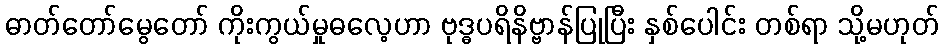
ဓာတ်တော်မွေတော် ကိုးကွယ်မှုဓလေ့ဟာ ဗုဒ္ဓပရိနိဗ္ဗာန်ပြုပြီး နှစ်ပေါင်း တစ်ရာ သို့မဟုတ်